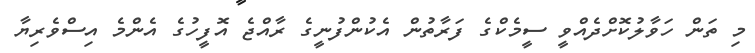
މި ތަން ހަވާލުކޮށްދެއްވީ ސީމެކްގެ ފަރާތުން އެކުންފުނީގެ ރާއްޖެ އޮފީހުގެ އެންމެ އިސްވެރިޔާ